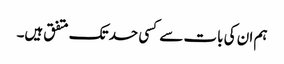
ہم ان کی بات سے کسی حد تک متفق ہیں۔